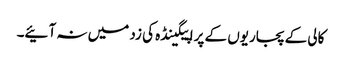
کالی کے پجاریوں کے پراپیگینڈہ کی زد میں نہ آئیے۔